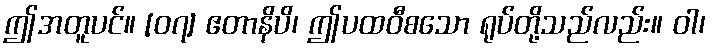
ဤအတူပင်။ [၀၇] ဧတာနိပိ၊ ဤပထဝီစသော ရုပ်တို့သည်လည်း။ ဝါ၊